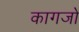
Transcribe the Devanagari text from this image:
कागजो